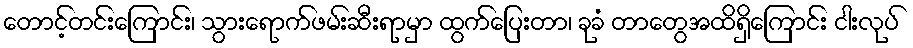
တောင့်တင်းကြောင်း၊ သွားရောက်ဖမ်းဆီးရာမှာ ထွက်ပြေးတာ၊ ခုခံ တာတွေအထိရှိကြောင်း ငါးလုပ်